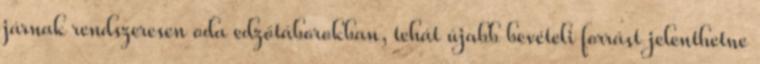
járnak rendszeresen oda edzőtáborokban, tehát újabb bevételi forrást jelenthetne